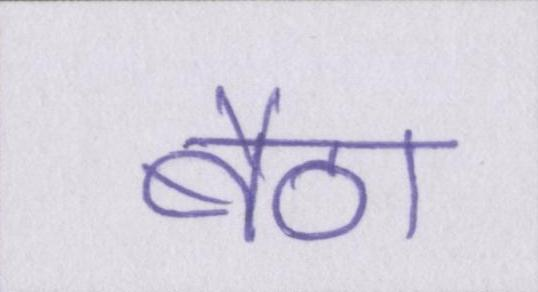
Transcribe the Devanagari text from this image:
बैठा